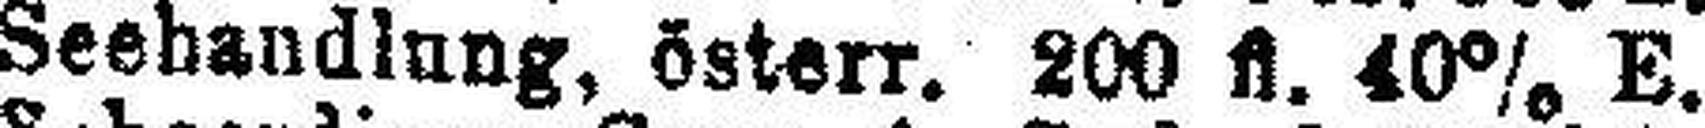
Seehandlung, österr. 200 fl. 40% E.